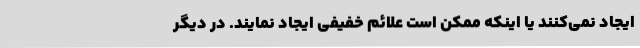
ایجاد نمی‌کنند یا اینکه ممکن است علائم خفیفی ایجاد نمایند. در دیگر